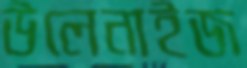
উলেনাইজ